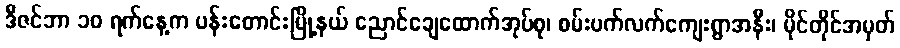
ဒီဇင်ဘာ ၁၀ ရက်နေ့က ပန်းတောင်းမြို့နယ် ညောင်ချေထောက်အုပ်စု၊ စမ်းပက်လက်ကျေးရွာအနီး၊ မိုင်တိုင်အမှတ်